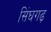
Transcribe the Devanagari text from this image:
सिंघगढ़